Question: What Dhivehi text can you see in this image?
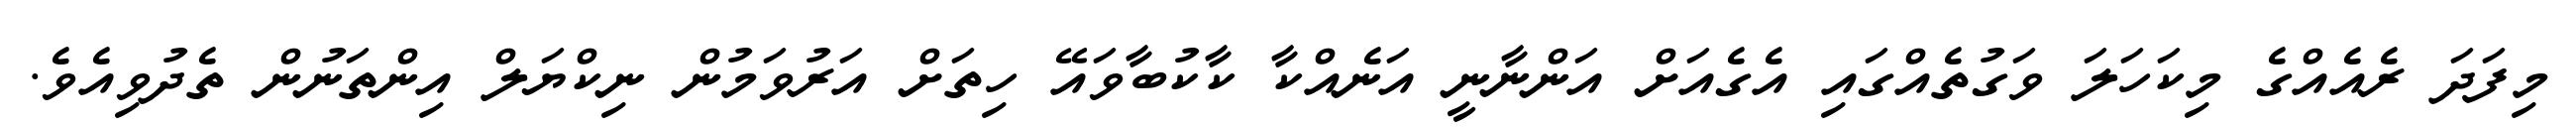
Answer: މިފަދަ ރެއެއްގެ މިކަހަލަ ވަގުތެއްގައި އެގެއަށް އަންނާނީ އަނެއްކާ ކާކުބާވައޭ ހިތަށް އަރުވަމުން ނިކްޔަލް އިންތަނުން ތެދުވިއެވެ.